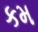
કમ